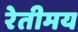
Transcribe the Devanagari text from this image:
रेतीमय